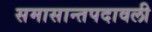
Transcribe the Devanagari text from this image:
समासान्तपदावली